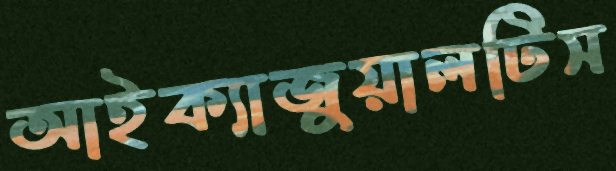
আইক্যাজুয়ালটিস